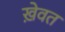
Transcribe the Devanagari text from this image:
ख़ेवत